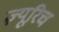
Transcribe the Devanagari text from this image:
ज़्यूरिच